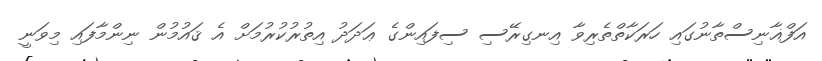
އަފްޣާނިސްތާނުގައި ހަރަކާތްތެރިވާ އިނގިރޭސި ސިފައިންގެ ޢަދަދު އިތުރުކުރުމަށް އެ ޤައުމުން ނިންމާފައި މިވަނީ